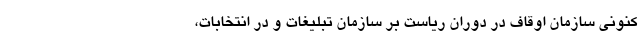
کنونی سازمان اوقاف در دوران ریاست بر سازمان تبلیغات و در انتخابات،